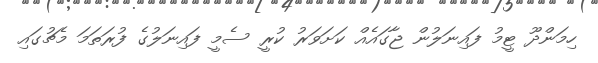
ހިމަންދޫ ޓީމު ފައިނަލުން ޖާގައެއް ކަށަވަރު ކުރީ ސެމީ ފައިނަލުގެ ފުރަތަމަ މެޗުގައި